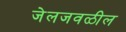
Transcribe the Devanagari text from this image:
जेलजवळील